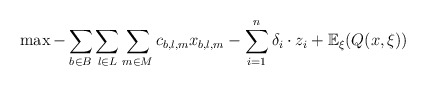
\begin{align*} \max -\sum_{b \in B} \sum_{l \in L} \sum_{m \in M} c_{b,l,m} x_{b,l,m} - \sum_{i=1}^n \delta_i \cdot z_i + \mathbb{E}_\xi(Q(x,\xi))\end{align*}